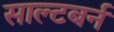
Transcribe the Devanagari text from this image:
साल्टबर्न